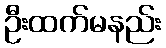
ဦးထက်မနည်း